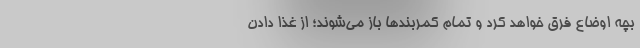
بچه اوضاع فرق خواهد کرد و تمام کمربند‌ها باز می‌شوند؛ از غذا دادن